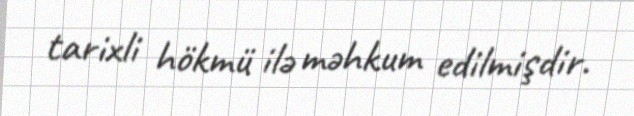
tarixli hökmü ilə məhkum edilmişdir.